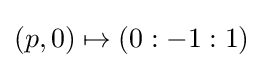
(p,0)\mapsto (0:-1:1)